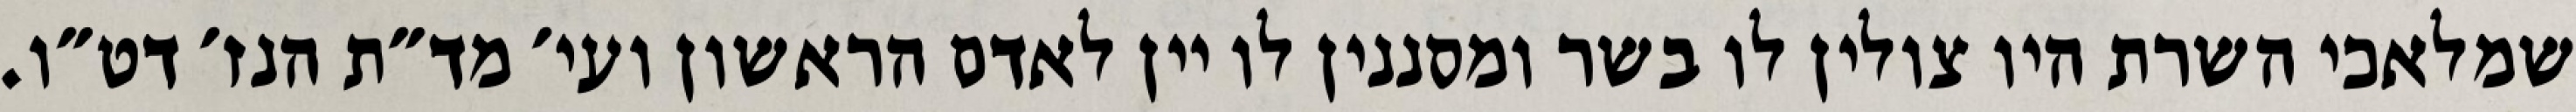
שמלאכי השרת היו צולין לו בשר ומסננין לו יין לאדם הראשון ועי׳ מד״ת הנז׳ דט״ו.